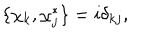
\{ \chi _ { k } , \chi _ { j } ^ { * } \} = i \delta _ { k j } ,